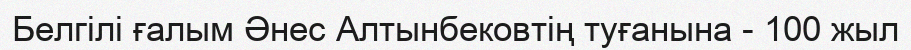
Белгілі ғалым Әнес Алтынбековтің туғанына - 100 жыл